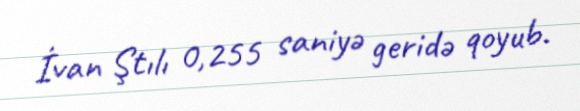
İvan Ştılı 0,255 saniyə geridə qoyub.